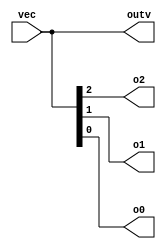
/*
Vectors are used to group related signals using one name to make it more convenient to manipulate.
For example, wire [7:0] w; declares an 8-bit vector named w that is functionally equivalent to having 8 separate wires.

Notice that the declaration of a vector places the dimensions before the name of the vector, which is unusual compared to C syntax.
However, the part select has the dimensions after the vector name as you would expect.


wire [99:0] my_vector;      // Declare a 100-element vector
assign out = my_vector[10]; // Part-select one bit out of the vector

Build a circuit that has one 3-bit input, then outputs the same vector, and also splits it into three separate 1-bit outputs.
Connect output o0 to the input vector's position 0, o1 to position 1, etc.

In a diagram, a tick mark with a number next to it indicates the width of the vector (or "bus"), rather than drawing a separate line for each bit in the vector.
*/

module top_module ( 
    input wire [2:0] vec,
    output wire [2:0] outv,
    output wire o2,
    output wire o1,
    output wire o0  ); // Module body starts after module declaration
    
    assign outv = vec;
    assign o2 = vec[2];
    assign o1 = vec[1];
    assign o0 = vec[0];

endmodule